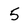
Character: 5